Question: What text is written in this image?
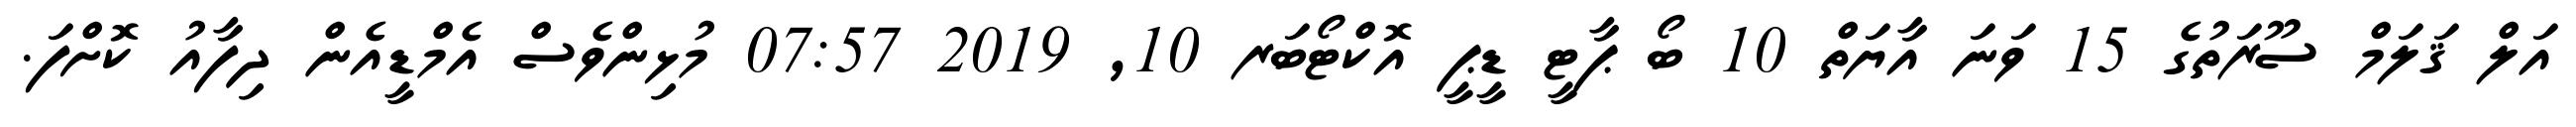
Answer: އަލް ޤަލަމް ސޫރަތުގެ 15 ވަނަ އާޔަތް 10 ބޯ ޕާޓީ ޑީޕީ އޮކްޓޯބަރ 10, 2019 07:57 މުޅިންވެސް އެމްޑީއެން ދިފާއު ކޮށްފަ.